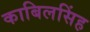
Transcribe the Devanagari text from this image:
काबिलसिंह